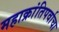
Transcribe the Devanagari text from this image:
महाक्रांतिपर्वाचा